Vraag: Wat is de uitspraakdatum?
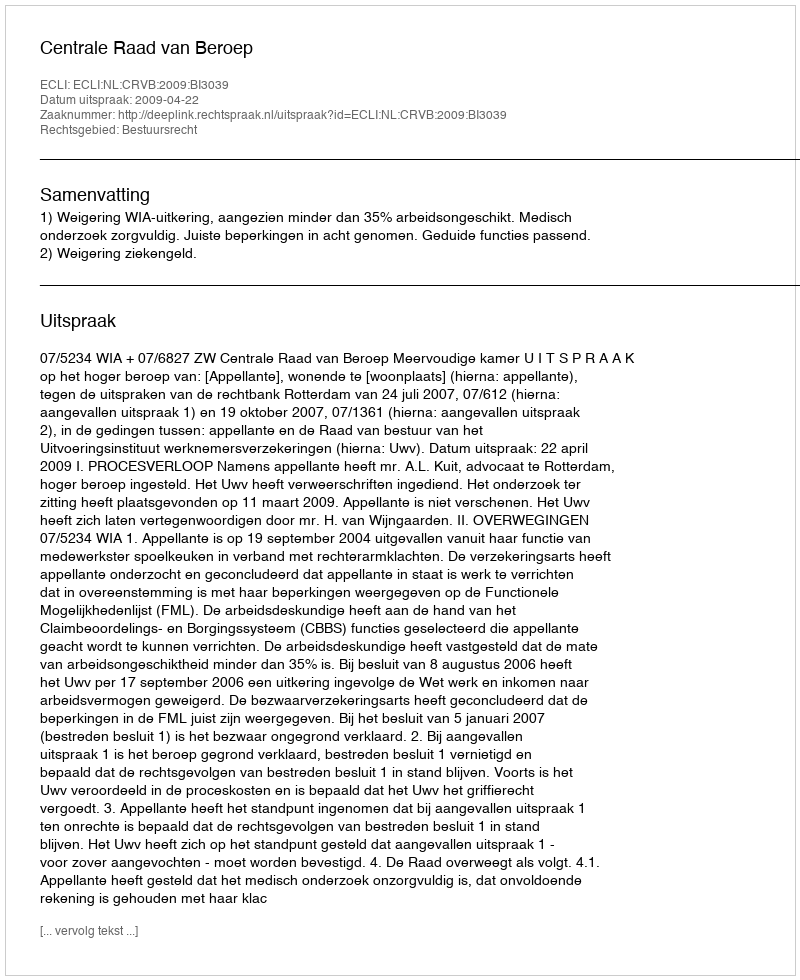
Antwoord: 2009-04-22